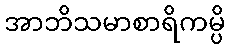
အာဘိသမာစာရိကမ္ပိ